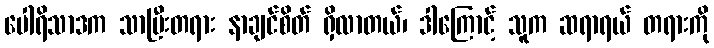
ပေါရိသာဒက သာပြီးတရား နာချင်စိတ် ရှိလာတယ်၊ ဒါကြောင့် သူက ဆရာရယ် တရားကို